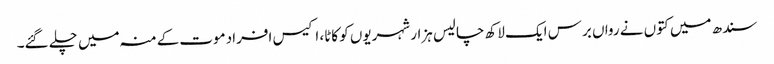
سندھ میں کتوں نے رواں برس ایک لاکھ چالیس ہزار شہریوں کو کاٹا، اکیس افرادموت کےمنہ میں چلے گئے۔